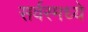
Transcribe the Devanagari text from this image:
सर्वरमध्ये